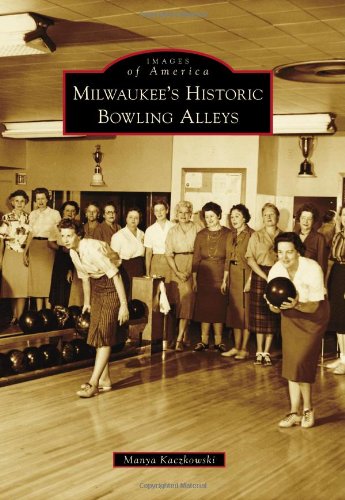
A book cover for Milwaukee's Historic Bowling Alleys (Images of America) (Images of America Series); Manya Kaczkowski; Sports & Outdoors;